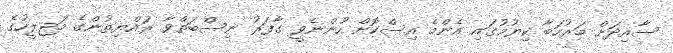
ސާއިދަށް މަރުހަބާ ކިޔުމުގައި އެންމެ އިސްކޮށް ހުންނެވީ ގާފަރު ނިސްބަތްވާ ރައްޔިތުންގެ މަޖިލީހުގެ